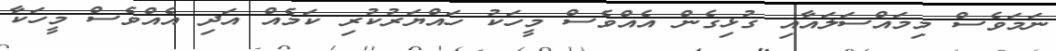
ނަމަވެސް މިމައްސަލައާއި ގުޅިގެން އެއްވެސް މީހަކު ހައްޔަރުކުރި ކަމެއް އަދި އެއްވެސް މީހަކާ